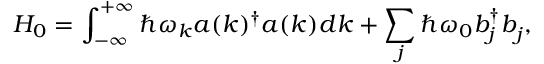
H _ { 0 } = \int _ { - \infty } ^ { + \infty } \hbar \omega _ { k } a ( k ) ^ { \dag } a ( k ) ^ { \vphantom { \dag } } d k + \sum _ { j } \hbar \omega _ { 0 } b _ { j } ^ { \dag } b _ { j } ^ { \vphantom { \dag } } ,